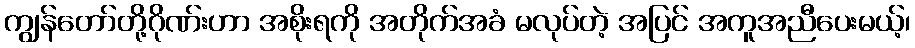
ကျွန်တော်တို့ဂိုဏ်းဟာ အစိုးရကို အတိုက်အခံ မလုပ်တဲ့ အပြင် အကူအညီပေးမယ့်၊